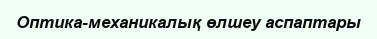
Оптика-механикалық өлшеу аспаптары